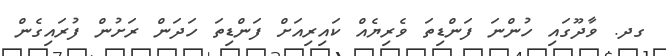
ގދ. ވާދޫގައި ހުންނަ ފަންޑިތަ ވެރިޔެއް ކައިރިއަށް ފަންޑިތަ ހަދަން ރަށުން ފުރައިގެން